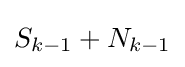
S_{k-1}+N_{k-1}